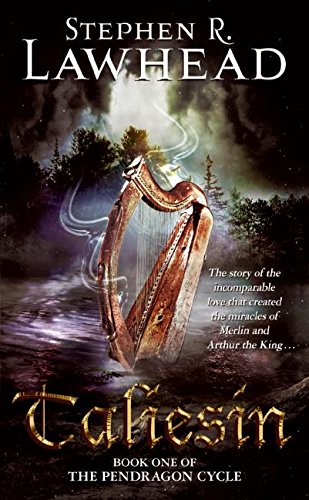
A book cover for Taliesin (The Pendragon Cycle, Book 1); Stephen R. Lawhead; Science Fiction & Fantasy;